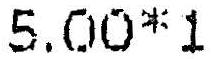
5.00*1